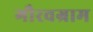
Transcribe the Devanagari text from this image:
गौरवग्राम